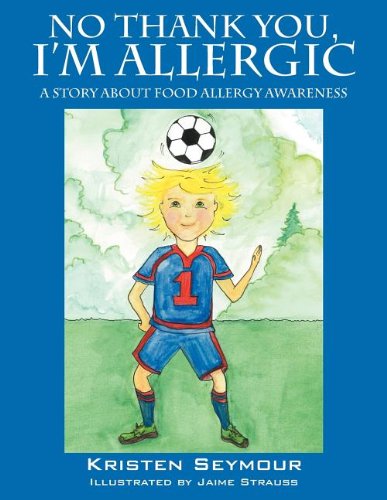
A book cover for No Thank You,  I'm Allergic: A story agout food allergy awareness; Kristen Seymour; Health, Fitness & Dieting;